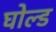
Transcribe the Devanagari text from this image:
घोल्ड